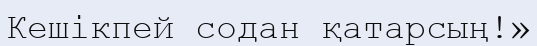
Кешікпей содан қатарсың!»